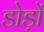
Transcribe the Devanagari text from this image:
डोड़ों